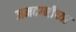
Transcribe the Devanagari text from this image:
जमदग्नीच्या